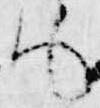
も